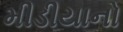
મીડીયાનો